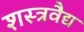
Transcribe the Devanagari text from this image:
शस्त्रवैद्य